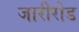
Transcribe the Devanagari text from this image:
जारीरोड